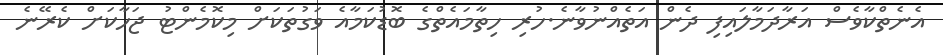
އެނެތްކާވެސް އަރާދަމާލައިފި ދެން އަތެއްނުވާނެ.ހުރި ހިތާމައެތްގެ ބޮޑުކަމާއެ ވަގުތަކަށް މިކޮމެންޓު ޖަހާކަށް ކެރޭނެ